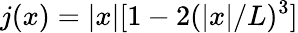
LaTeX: j(x)=|x|[1-2(|x|/L)^{3}]